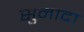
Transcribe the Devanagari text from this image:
सुनादा